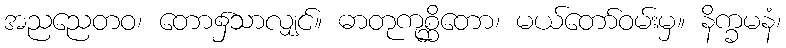
အညညေတဝ၊ တော၌သာလျှင်။ ဓာတုကုစ္ဆိတော၊ မယ်တော်ဝမ်းမှ။ နိက္ခမနံ၊